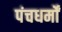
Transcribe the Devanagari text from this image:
पंचधर्मों